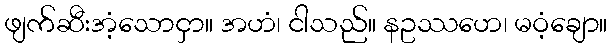
ဖျက်ဆီးအံ့သောငှာ။ အဟံ၊ ငါသည်။ နဥဿဟေ၊ မဝံ့ချော။